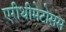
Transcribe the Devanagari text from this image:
एरीथीमेटोसस